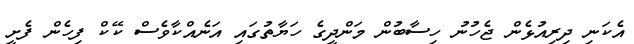
އެކަނި ދިރިއުޅެން ޖެހުނު ހިސާބުން މަންދީގެ ހަޔާތުގައި އަނެއްކާވެސް ކޭކް ފިހެން ފެށީ